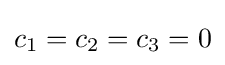
c_{1}=c_{2}=c_{3}=0